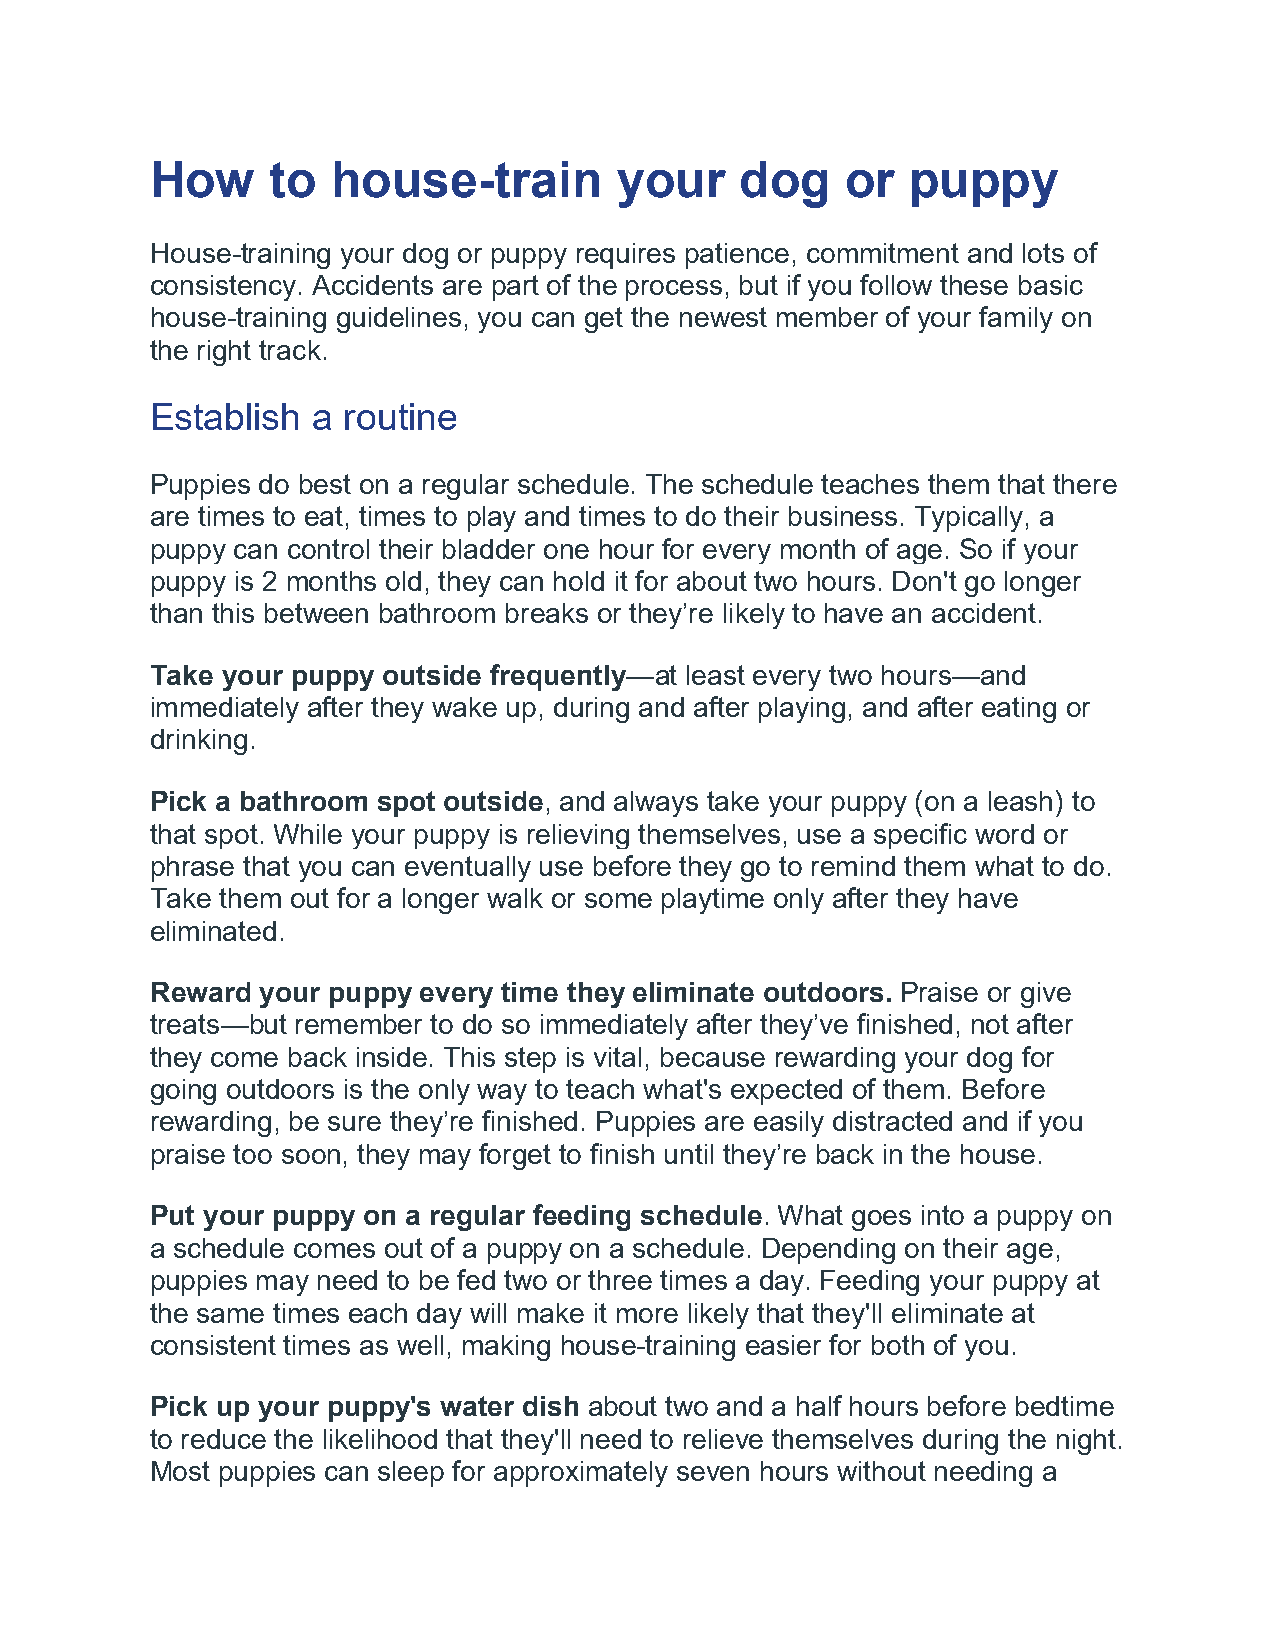
How     to  house-train        your    dog    or  puppy
 House-training your dog or puppy requires patience, commitment and lots of
 consistency. Accidents are part of the process, but if you follow these basic
 house-training guidelines, you can get the newest member of your family on
 the right track.
 Establish  a routine
 Puppies do best on a regular schedule. The schedule teaches them that there
 are times to eat, times to play and times to do their business. Typically, a
 puppy can control their bladder one hour for every month of age. So if your
 puppy is 2 months old, they can hold it for about two hours. Don't go longer
 than this between bathroom breaks or they’re likely to have an accident.
 Take your puppy outside frequently—at least every two hours—and
 immediately after they wake up, during and after playing, and after eating or
 drinking.
 Pick a bathroom spot outside, and always take your puppy (on a leash) to
 that spot. While your puppy is relieving themselves, use a specific word or
 phrase that you can eventually use before they go to remind them what to do.
 Take them out for a longer walk or some playtime only after they have
 eliminated.
 Reward your puppy every time they eliminate outdoors. Praise or give
 treats—but remember to do so immediately after they’ve finished, not after
 they come back inside. This step is vital, because rewarding your dog for
 going outdoors is the only way to teach what's expected of them. Before
 rewarding, be sure they’re finished. Puppies are easily distracted and if you
 praise too soon, they may forget to finish until they’re back in the house.
 Put your puppy on a regular feeding schedule. What goes into a puppy on
 a schedule comes out of a puppy on a schedule. Depending on their age,
 puppies may need to be fed two or three times a day. Feeding your puppy at
 the same times each day will make it more likely that they'll eliminate at
 consistent times as well, making house-training easier for both of you.
 Pick up your puppy's water dish about two and a half hours before bedtime
 to reduce the likelihood that they'll need to relieve themselves during the night.
 Most puppies can sleep for approximately seven hours without needing a